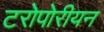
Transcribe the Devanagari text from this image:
टरोपोरीयन